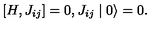
[ H , J _ { i j } ] = 0 , J _ { i j } \mid 0 \rangle = 0 .